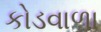
કોડવાળા